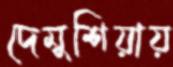
দেমুশিয়ায়